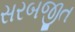
સરબજીત